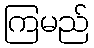
ကြမည်